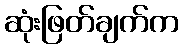
ဆုံးဖြတ်ချက်က